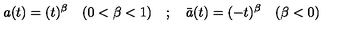
a ( t ) = ( t ) ^ { \beta } \quad ( 0 < \beta < 1 ) \quad ; \quad \bar { a } ( t ) = ( - t ) ^ { \beta } \quad ( \beta < 0 )